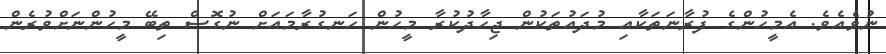
ނުވެއެވެ. އެމީހުންގެ ފުރާނަތަކާއި މުދައުތަކުން ޖިހާދުކުރާ މީހުން ހަނގުރާމައަށް ނުގޮސް ތިބޭ މީހުންނަށްވުރެން